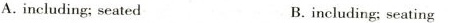
A.including; seated B.including; seating